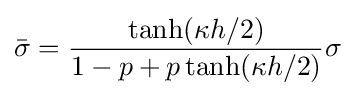
{\bar {\sigma }}={\frac {\tanh(\kappa h/2)}{1-p+p\tanh(\kappa h/2)}}\sigma